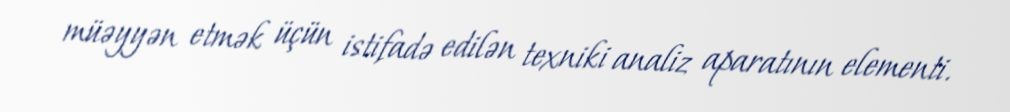
müəyyən etmək üçün istifadə edilən texniki analiz aparatının elementi.